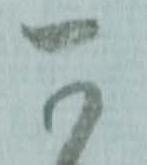
可